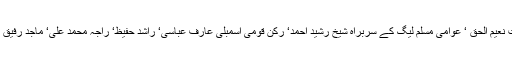
اس موقع پر ان کے ہمراہ مرکزی سیکرٹری اطلاعات نعیم الحق ‘ عوامی مسلم لیگ کے سربراہ شیخ رشید احمد‘ رکن قومی اسمبلی عارف عباسی‘ راشد حفیظ‘ راجہ محمد علی‘ ماجد رفیق عباسی ‘ حماد قریشی‘ سجاد عباسی و دیگر بھی تھے۔